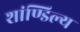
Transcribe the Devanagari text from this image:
शांण्डिल्य